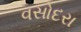
વસોદરા